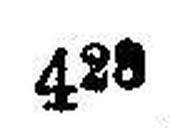
42###